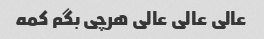
عالی عالی عالی هرچی بگم کمه